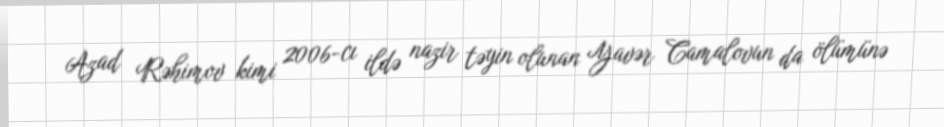
Azad Rəhimov kimi 2006-cı ildə nazir təyin olunan Yavər Camalovun da ölümünə